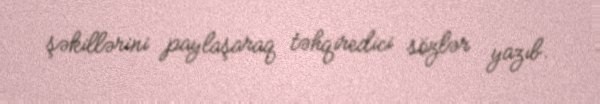
şəkillərini paylaşaraq təhqiredici sözlər yazıb.